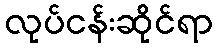
လုပ်ငန်းဆိုင်ရာ